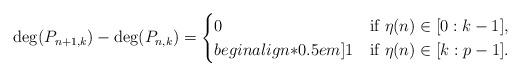
LaTeX: \begin{align*}\deg(P_{n+1,k})-\deg(P_{n,k})=\begin{cases}0 & \mbox{if}\,\,\eta(n)\in[0:k-1],\\begin{align*}0.5em]1 & \mbox{if}\,\,\eta(n)\in [k:p-1].\end{cases}\end{align*}